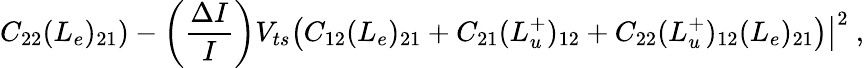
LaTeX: \left.C_{22}(L_{e})_{21}\right)-\left(\frac{\Delta I}{I}\right)V_{ts}\left(C_{12}(L_{e})_{21}+C_{21}(L_{u}^{+})_{12}+\left.C_{22}(L_{u}^{+})_{12}(L_{e})_{21}\right)\right|^{2}~,